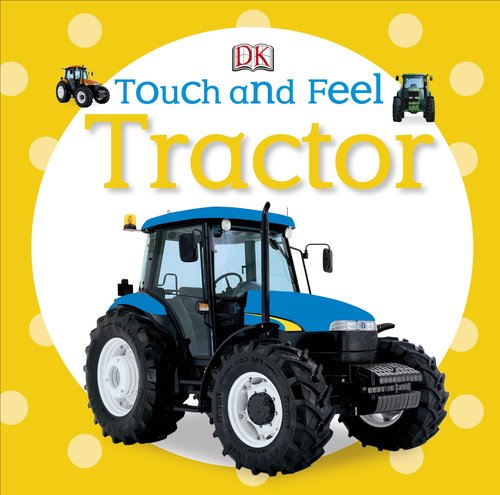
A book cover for Touch and Feel: Tractor (Touch & Feel); DK Publishing; Children's Books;